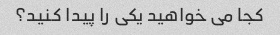
کجا می خواهید یکی را پیدا کنید؟